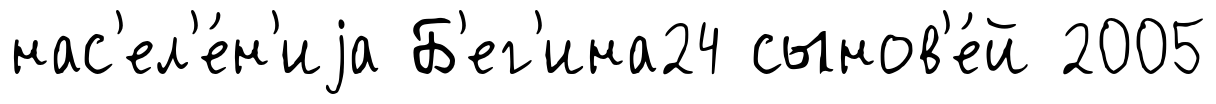
нас'ел'е́н'иjа Б'ег'ина24 сынов'е́й 2005